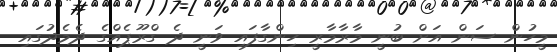
މީހުން ސަން އަށް ބުނީ މާރާމާރީ ހިންގާފައި ވަނީ ދެ ގްރޫޕެއްގެ ދެމެދުގައި